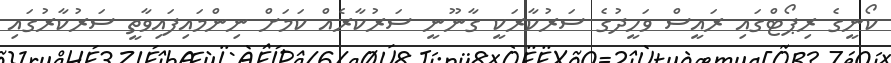
ކޯނީގެ ރިޕޯޓްގައި ރައީސް ވަހީދުގެ ސަރުކާރަކީ ގާނޫނީ ސަރުކާރެއް ކަމަށް ނިންމައިފައިވާތީ ސަރުކާރުގައި